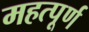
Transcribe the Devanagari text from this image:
महत्‍पूर्ण